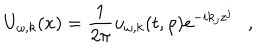
U _ { \omega , k } ( x ) = { \frac { 1 } { 2 \pi } } u _ { \omega , k } ( t , \rho ) e ^ { - i k _ { j } z ^ { j } } ,